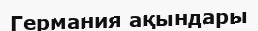
Германия ақындары